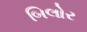
બિલોર